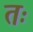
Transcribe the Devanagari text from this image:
तः